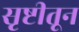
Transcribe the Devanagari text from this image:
सृष्टीतून